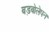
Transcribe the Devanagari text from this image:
बड़बोलेपन